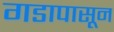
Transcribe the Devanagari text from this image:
गडापासून